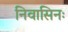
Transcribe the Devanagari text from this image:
निवासिनः